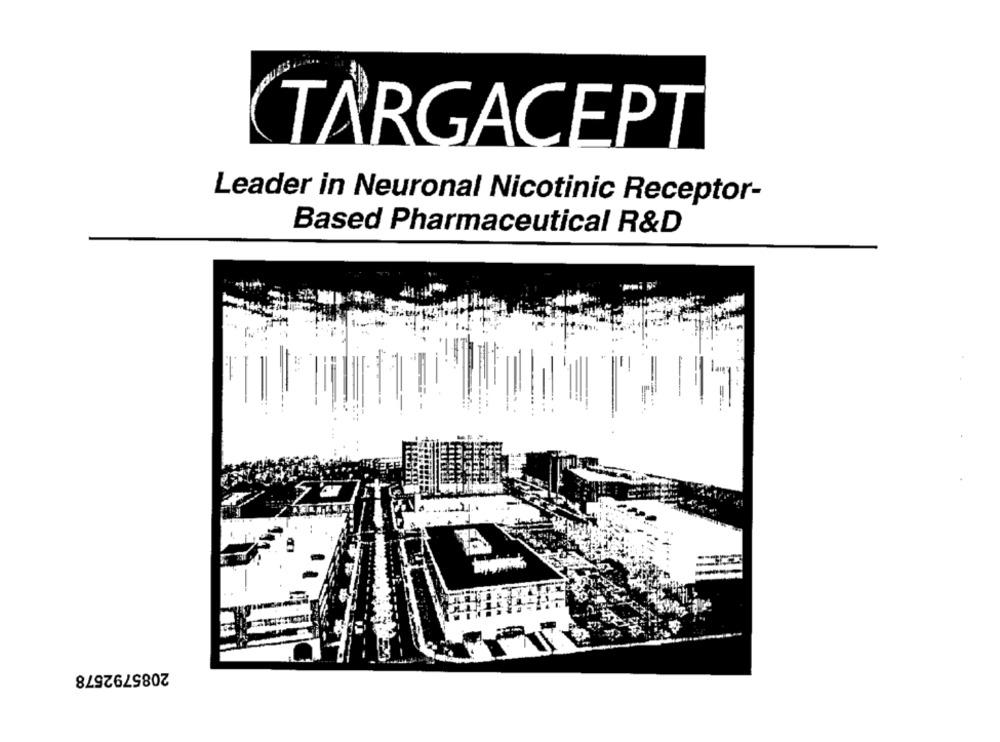
TARGACEPT
Leader in Neuronal Nicotinic Receptor-
Based Pharmaceutical R&D
-
2085792578